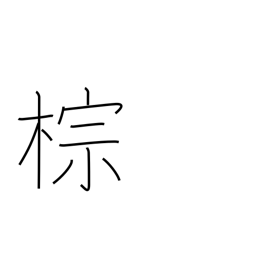
Meaning: hemp palm